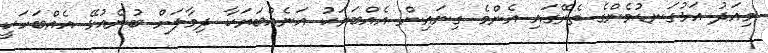
މިއަދު އަޅުގަނޑުމެންގެ ތެރޭގައި އެންމެ ގިނައިން އެއްބަޔަކު އަނެއްބަޔަކާ ދިމާލަށް ބުނެއުޅޭ އެއްބަހަކީ